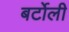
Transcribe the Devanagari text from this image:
बर्टोली